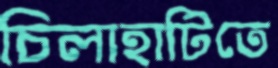
চিলাহাটিতে